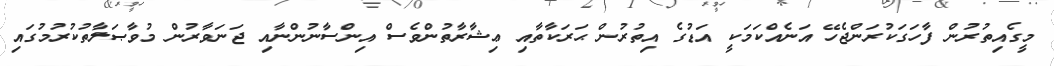
މީގެއިތުރުން ފާހަގަކުރަންޖެހޭ އަނެއްކަމަކީ އަޑުގެ އިތުރުން ޙަރަކާތާއި ޢިޝާރާތުންވެސް އިންސާނުންނާއި ޖަނަވާރުން މުވާޞަލާތުކުރުމުގައި